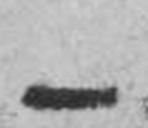
—